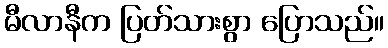
မီလာနီက ပြတ်သားစွာ ပြောသည်။